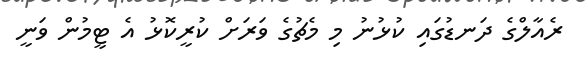
ރެއާލްގެ ދަނޑުގައި ކުޅުނު މި މެޗުގެ ވަރަށް ކުރީކޮޅު އެ ޓީމުން ވަނީ